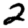
Digit: 2